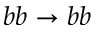
b b \rightarrow b b